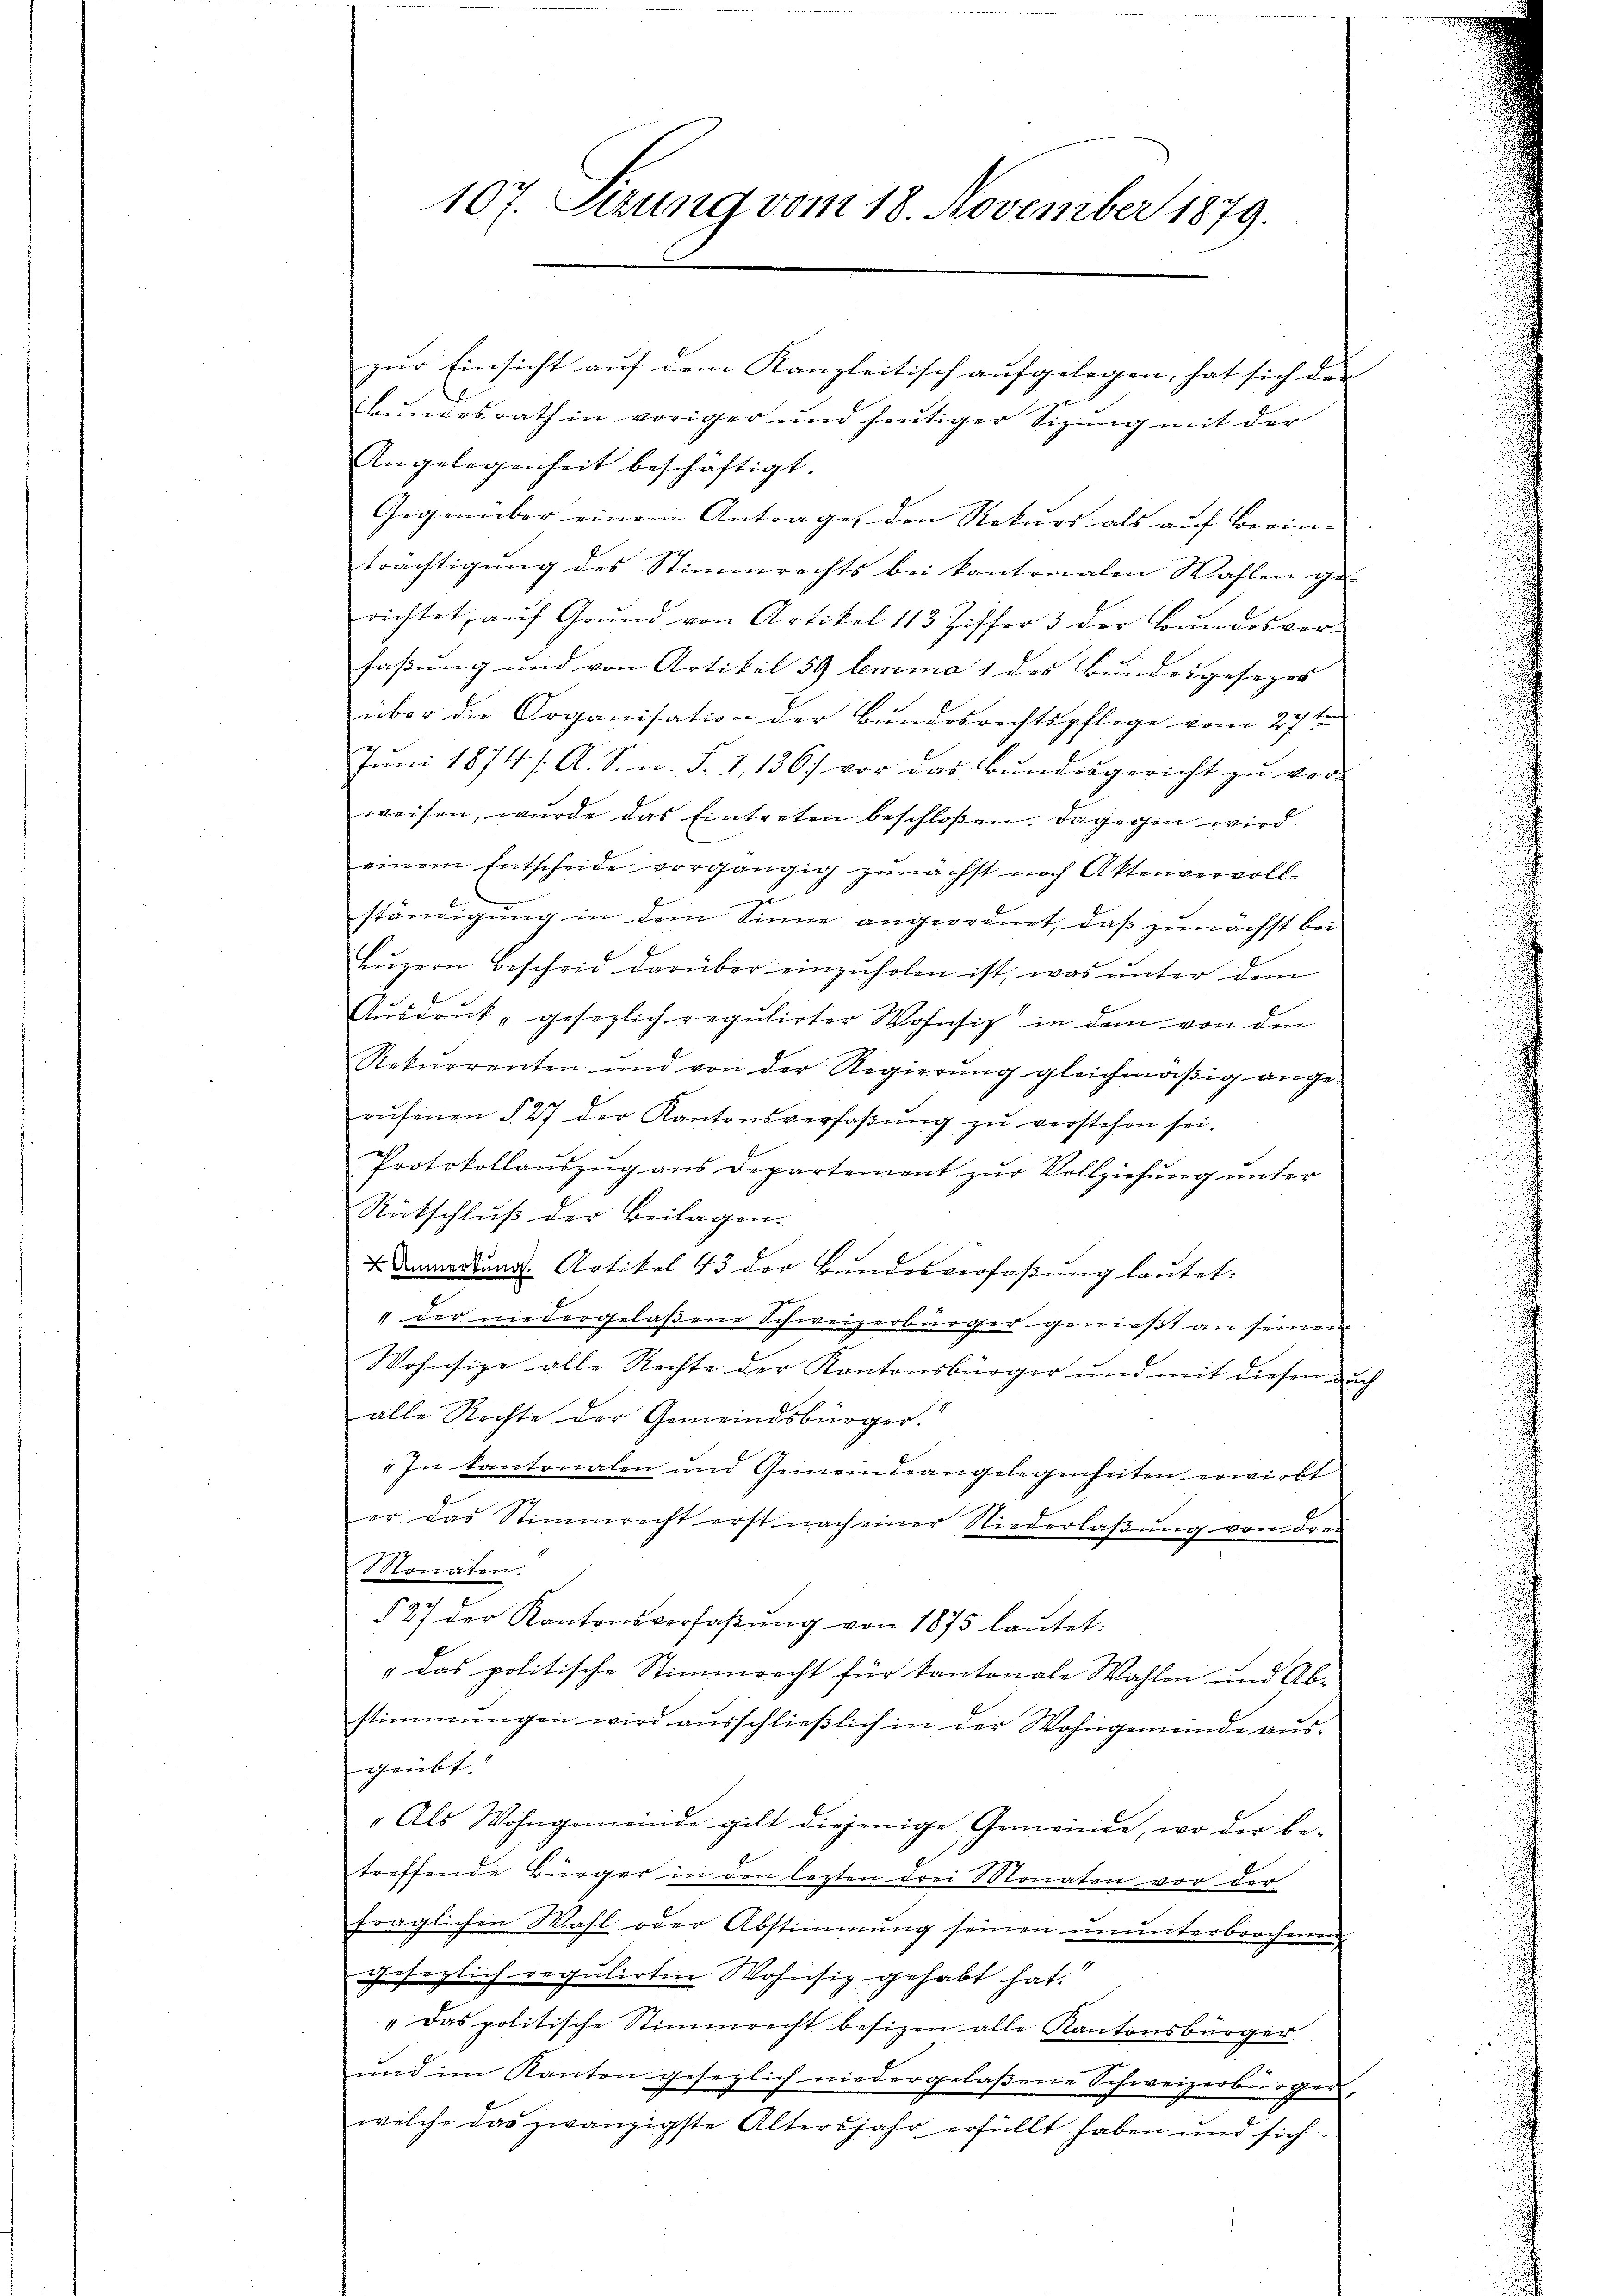
107. Sizung vom 18. November 1879.

guer Einsicht auf dem Kanzleitisch aufgelegen, hat sich der |
Bŭndesrath in voriger und heŭtiger Sizŭng mit der
Angelegenheit beschäftigt.
Gegenüber einem Antrage, den Rekurs als auf Beein-
trächtigung des Stimmrechts bei kantonalen Wahlen ge-
richtet, aŭf Grŭnd von Artikel 113 Ziffer 3 der Bŭndesver-
faßung und von Artikel 59 lemma 1 des Bundesgesezes- |
über die Organisation der Bundesrechtspflege vom 27ten
Juni 1874 /: A. S. n. F. I,136) vor das Bundesgericht zu ver-
weisen, wurde das Eintreten beschloßen. Dagegen wird
einem Entscheide vorgängig zŭnächst nach Aktenvervoll-
u
ständigung in dem Sinne angeordnet, daß zunächst bei
Lŭzern bescheid darüber einzuholen ist, was unter dem
Aŭsdrŭck " gesezlich regulirter Wohnsitz in dem von den
Rekurrenten und von der Regierŭng gleichmäβig ange-
rŭfenen § 27 der Kantonsverfaβŭng zŭ verstehen sei.
Protokollauszug aus Departement zur Vollziehung unter
Rückschluß der Beilagen.
4 Anmerkung. Artikel 43 der Bŭndesverfaßung lautet.
" der niedergelaßene Schweizerbürger genießt an seinem
Wohnsize alle Rechte der Kantonsbürger und mit diesen auch
alle Rechte der Gemeindsbürger.
In kantonalen und Gemeindeangelegenheiten erwirbt
er das Stimmrecht erst nach einer Niederlaßung von drei
Monaten.
§ 27 der Kantonsverfaβŭng von 1875 laŭtet:
" das politische Stimmrecht für kantonale Wahlen und Abstimmungen wird ausschließlich in der Wohngemeinde ausgeübt.
„Als Wohngemeinde gilt diejenige Gemeinde, wo der be-
treffende Bürger in den lezten drei Monaten vor der
fraglichen Wahl oder Abstimmung seinen ununterbrochenen
gesezlich regulirten Wohnsiz gehabt hat.
„Das politische Stimmrecht besizen alle Kantonsbürger
und im Kanton gesezlich niedergelaßene Schweizerbürger,
wolche das zwanzigste Altersjahr erfüllt haben und sich